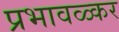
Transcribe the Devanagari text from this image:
प्रभावळ्कर